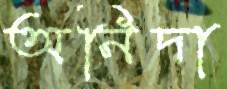
অনিদা